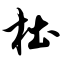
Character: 杜